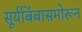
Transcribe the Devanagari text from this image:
सूर्यबिंबासमोरून